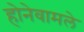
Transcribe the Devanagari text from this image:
होनेवामले